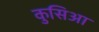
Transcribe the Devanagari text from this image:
कुसिआ